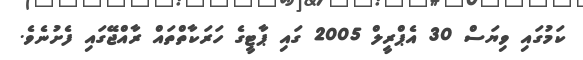
ކަމުގައި ވިޔަސް 30 އެޕްރީލް 2005 ގައި ޕާޓީގެ ހަރަކާތްތައް ރާއްޖޭގައި ފެށުނެވެ.